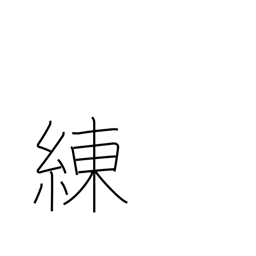
Meaning: gloss